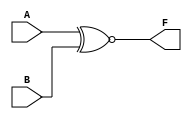
// Description: 2-input XNOR gate


`timescale 1ns / 1ns

module XNOR2gate(input wire A, B,
		output reg F);

   always @ (A or B)
   begin
      F <= A ~^ B;
   end

endmodule